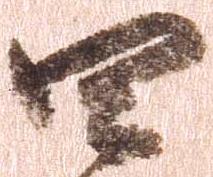
四